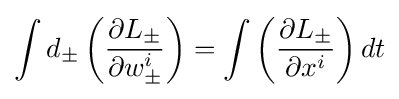
\int d_{\pm }\left({\frac {\partial L_{\pm }}{\partial w_{\pm }^{i}}}\right)=\int \left({\frac {\partial L_{\pm }}{\partial x^{i}}}\right)dt